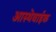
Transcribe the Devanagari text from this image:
आस्थेवाईक